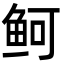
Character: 鲄